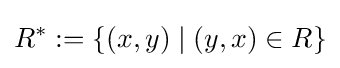
R^{*}:=\{(x,y)\mid (y,x)\in R\}